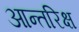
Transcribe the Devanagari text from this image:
आन्तरिक्ष